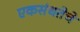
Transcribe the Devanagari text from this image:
एकसंधतेचे